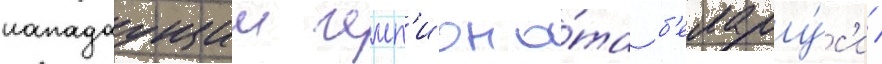
нападаущии чемп'иона́та б'елару́с'и /